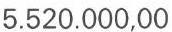
5.520.000,00